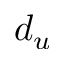
d _ { u }